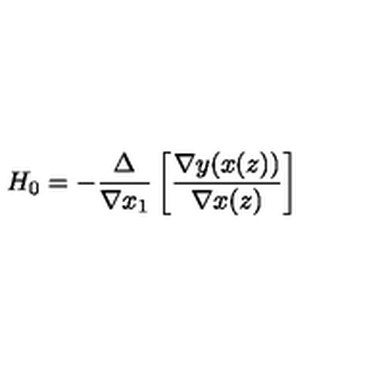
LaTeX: H _ { 0 } = - \frac { \Delta } { \nabla x _ { 1 } } \left[ \frac { \nabla y ( x ( z ) ) } { \nabla x ( z ) } \right]